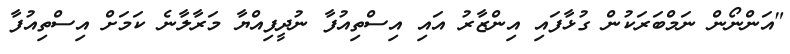
"އަންނޯން ނަމްބަރަކުން ގުޅާފައި އިންޒާރު އައި އިސްތިއުފާ ނުދީފިއްޔާ މަރާލާނެ ކަމަށް އިސްތިއުފާ